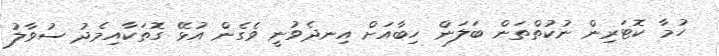
ހުމާ ކޮޓަރިން ނުކުތްތަން ބަލަން ހިބާއަށް އިނދެވުނީ ވެގެން އުޅޭ ގޮތަކާއިމެދު ސުވާލު